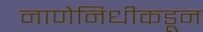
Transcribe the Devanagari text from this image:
नाणेनिधीकडून